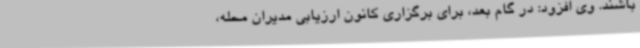
باشند. وی افزود: در گام بعد، برای برگزاری کانون ارزیابی مدیران محله،